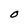
Character: O